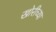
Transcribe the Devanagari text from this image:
खोरीच्या